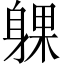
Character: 躶